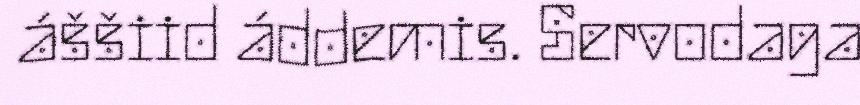
áššiid áddemis. Servodaga